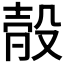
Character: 𣪛